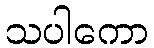
သပါကော